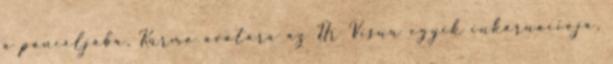
a páncéljába. Kúrma avatára az Úr Visnu egyik inkarnációja,